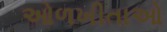
ઓળખીતાઓ